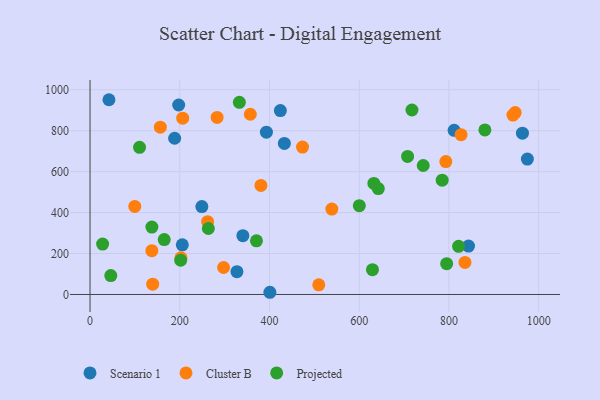
{"axis": {"x": "Price", "y": "Salary"}, "legend": ["Cluster B", "Projected", "Scenario 1"], "data": [{"x": "249.3", "y": 429.1, "type": "Scenario 1"}, {"x": "188.6", "y": 763.1, "type": "Scenario 1"}, {"x": "811.6", "y": 801.9, "type": "Scenario 1"}, {"x": "42.2", "y": 951.3, "type": "Scenario 1"}, {"x": "974.9", "y": 661.2, "type": "Scenario 1"}, {"x": "433.2", "y": 738.0, "type": "Scenario 1"}, {"x": "963.9", "y": 787.7, "type": "Scenario 1"}, {"x": "205.7", "y": 242.7, "type": "Scenario 1"}, {"x": "424.3", "y": 898.4, "type": "Scenario 1"}, {"x": "340.7", "y": 287.2, "type": "Scenario 1"}, {"x": "843.7", "y": 236.2, "type": "Scenario 1"}, {"x": "327.5", "y": 111.2, "type": "Scenario 1"}, {"x": "197.6", "y": 925.5, "type": "Scenario 1"}, {"x": "393.2", "y": 792.6, "type": "Scenario 1"}, {"x": "400.9", "y": 10.7, "type": "Scenario 1"}, {"x": "156.7", "y": 817.0, "type": "Cluster B"}, {"x": "793.1", "y": 649.3, "type": "Cluster B"}, {"x": "297.7", "y": 131.7, "type": "Cluster B"}, {"x": "202.7", "y": 179.1, "type": "Cluster B"}, {"x": "473.7", "y": 720.0, "type": "Cluster B"}, {"x": "283.3", "y": 865.0, "type": "Cluster B"}, {"x": "539.0", "y": 416.9, "type": "Cluster B"}, {"x": "827.1", "y": 780.5, "type": "Cluster B"}, {"x": "942.7", "y": 876.1, "type": "Cluster B"}, {"x": "99.8", "y": 430.0, "type": "Cluster B"}, {"x": "137.8", "y": 213.7, "type": "Cluster B"}, {"x": "139.7", "y": 50.2, "type": "Cluster B"}, {"x": "262.1", "y": 355.4, "type": "Cluster B"}, {"x": "357.3", "y": 880.3, "type": "Cluster B"}, {"x": "381.0", "y": 532.6, "type": "Cluster B"}, {"x": "206.6", "y": 861.0, "type": "Cluster B"}, {"x": "509.9", "y": 47.1, "type": "Cluster B"}, {"x": "947.7", "y": 888.3, "type": "Cluster B"}, {"x": "835.8", "y": 156.7, "type": "Cluster B"}, {"x": "629.6", "y": 120.9, "type": "Projected"}, {"x": "165.4", "y": 267.9, "type": "Projected"}, {"x": "600.3", "y": 433.9, "type": "Projected"}, {"x": "371.0", "y": 262.1, "type": "Projected"}, {"x": "717.6", "y": 901.0, "type": "Projected"}, {"x": "46.3", "y": 92.4, "type": "Projected"}, {"x": "707.9", "y": 674.4, "type": "Projected"}, {"x": "632.7", "y": 542.5, "type": "Projected"}, {"x": "821.6", "y": 235.3, "type": "Projected"}, {"x": "110.4", "y": 719.0, "type": "Projected"}, {"x": "880.2", "y": 803.9, "type": "Projected"}, {"x": "137.9", "y": 329.4, "type": "Projected"}, {"x": "742.7", "y": 630.1, "type": "Projected"}, {"x": "332.9", "y": 938.7, "type": "Projected"}, {"x": "795.0", "y": 150.6, "type": "Projected"}, {"x": "785.0", "y": 558.4, "type": "Projected"}, {"x": "28.1", "y": 246.0, "type": "Projected"}, {"x": "263.8", "y": 322.2, "type": "Projected"}, {"x": "202.1", "y": 167.1, "type": "Projected"}, {"x": "642.6", "y": 517.3, "type": "Projected"}]}